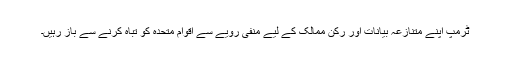
ٹرمپ اپنے متنازعہ بیانات اور رکن ممالک کے لیے منفی رویے سے اقوام متحدہ کو تباہ کرنے سے باز رہیں۔